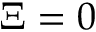
\Xi = 0